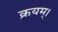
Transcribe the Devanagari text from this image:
क्रयम्।